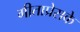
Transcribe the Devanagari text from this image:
गीताप्रेसके